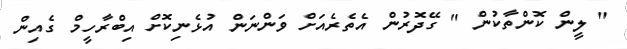
" ލީން ކޮންތާކުން " ގޭދޮރުން އެތެރެއަށް ވަންނަން އުޅެނިކޮށް އިބްރާހީމް ގެއިން